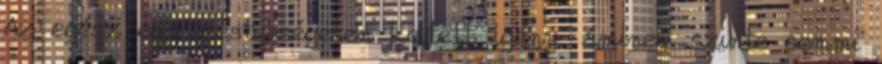
Az egész egy mesterségesen keltett igény, aminek szinte semmi